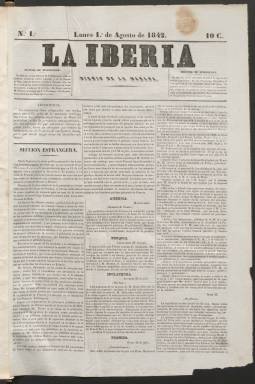
Título: La Iberia (Madrid. 1842)
Colección: Periódicos anteriores a 1850
Ámbito geográfico: Madrid
Lugar de publicación: Madrid
Fechas: 01/08/1842-31/03/1843